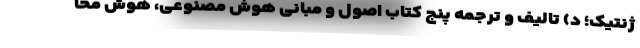
ژنتیک؛ د) تالیف و ترجمه پنج کتاب اصول و مبانی هوش مصنوعی، هوش محا